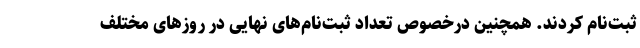
ثبت‌نام کردند. همچنین درخصوص تعداد ثبت‌نام‌های نهایی در روزهای مختلف